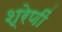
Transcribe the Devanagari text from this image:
श्रेणीं